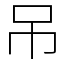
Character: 吊